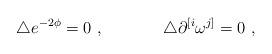
LaTeX: \begin{align*}\triangle e^{-2\phi} = 0\ , \hskip 1.5truecm \triangle\partial^{[i}\omega^{j]}=0\ ,\end{align*}